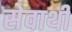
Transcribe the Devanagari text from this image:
सेवाथीं